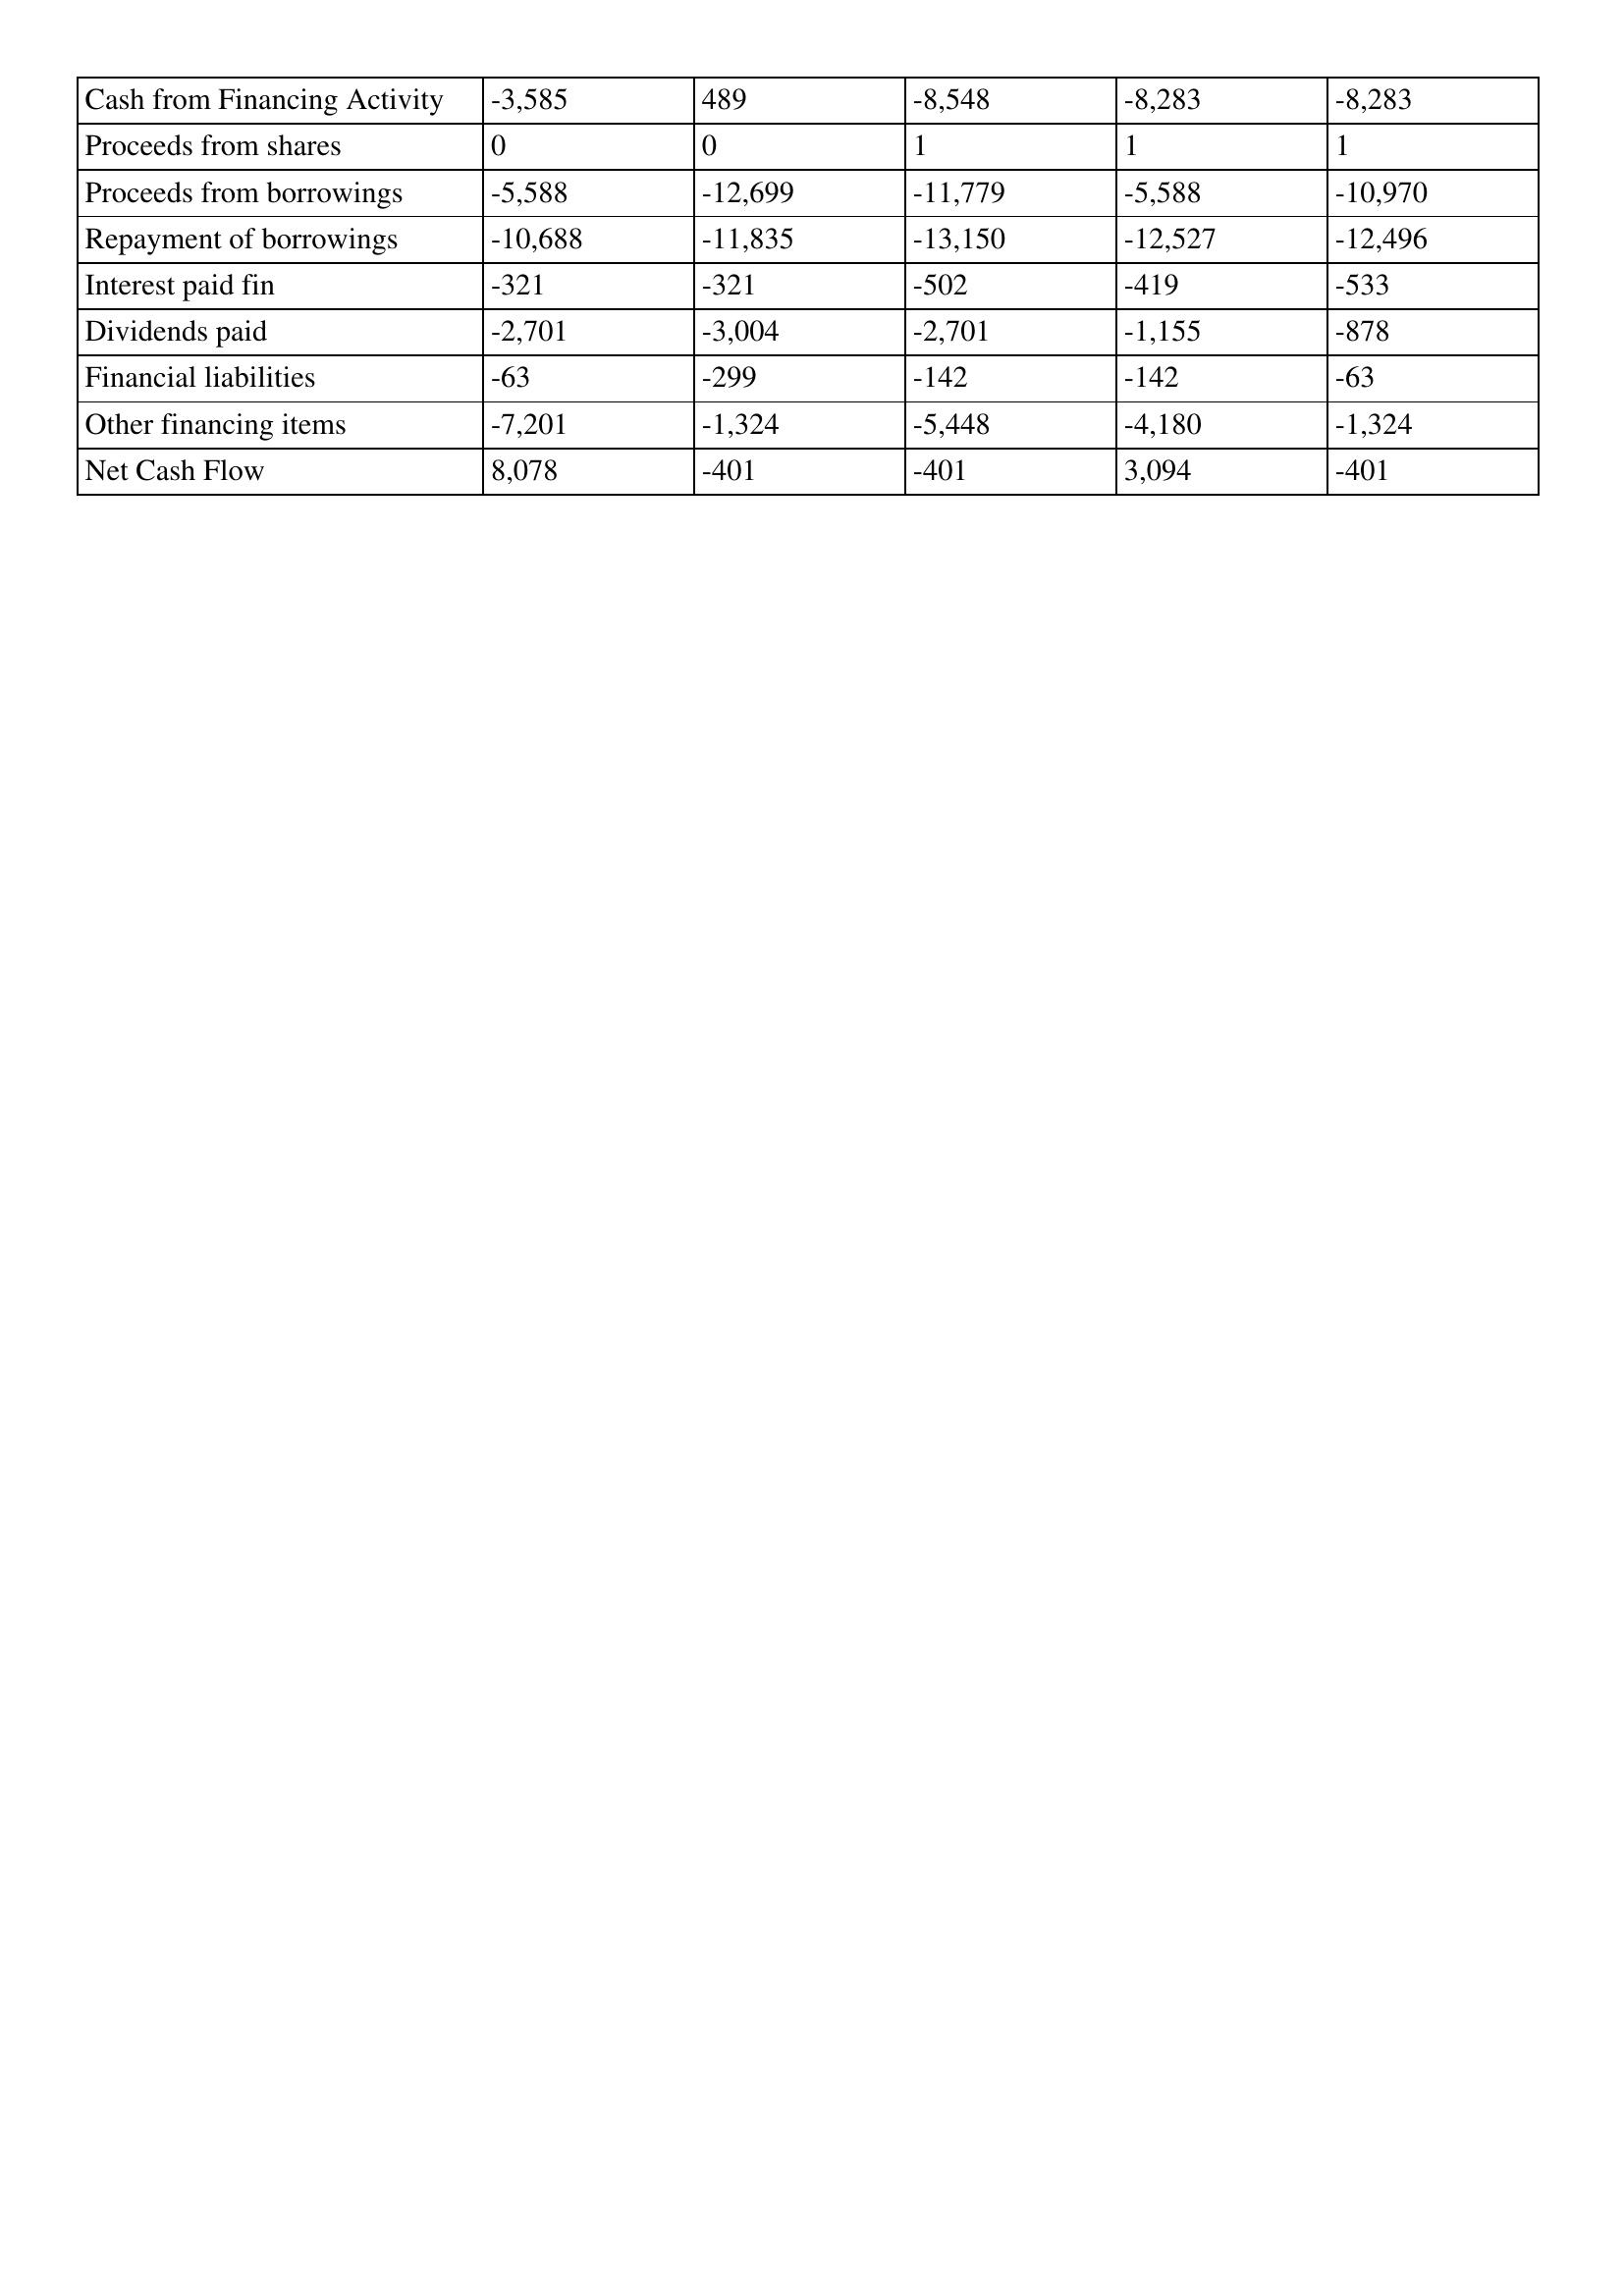
gt_parse: 1996: Cash Flows: Cash from Financing Activity: -3,585
Proceeds from shares: 0
Proceeds from borrowings: -5,588
Repayment of borrowings: -10,688
Interest paid fin: -321
Dividends paid: -2,701
Financial liabilities: -63
Other financing items: -7,201
Net Cash Flow: 8,078
1995: Cash Flows: Cash from Financing Activity: 489
Proceeds from shares: 0
Proceeds from borrowings: -12,699
Repayment of borrowings: -11,835
Interest paid fin: -321
Dividends paid: -3,004
Financial liabilities: -299
Other financing items: -1,324
Net Cash Flow: -401
1994: Cash Flows: Cash from Financing Activity: -8,548
Proceeds from shares: 1
Proceeds from borrowings: -11,779
Repayment of borrowings: -13,150
Interest paid fin: -502
Dividends paid: -2,701
Financial liabilities: -142
Other financing items: -5,448
Net Cash Flow: -401
1993: Cash Flows: Cash from Financing Activity: -8,283
Proceeds from shares: 1
Proceeds from borrowings: -5,588
Repayment of borrowings: -12,527
Interest paid fin: -419
Dividends paid: -1,155
Financial liabilities: -142
Other financing items: -4,180
Net Cash Flow: 3,094
1992: Cash Flows: Cash from Financing Activity: -8,283
Proceeds from shares: 1
Proceeds from borrowings: -10,970
Repayment of borrowings: -12,496
Interest paid fin: -533
Dividends paid: -878
Financial liabilities: -63
Other financing items: -1,324
Net Cash Flow: -401